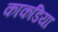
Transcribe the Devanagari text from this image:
काकडिया